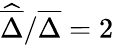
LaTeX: \widehat{\overline{{\Delta}}}/\overline{{\Delta}}=2